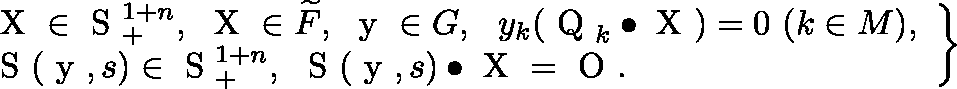
\begin{array} { r } { \left. \begin{array} { l } { \mathrm { \boldmath ~ X ~ } \in \mathrm { ~ \mathbb { S } ~ } _ { + } ^ { 1 + n } , \ \mathrm { \boldmath ~ X ~ } \in \widetilde { F } , \ \mathrm { \boldmath ~ y ~ } \in G , \ \ y _ { k } ( \mathrm { \boldmath ~ Q ~ } _ { k } \bullet \mathrm { \boldmath ~ X ~ } ) = 0 \ ( k \in M ) , } \\ { \mathrm { \boldmath ~ S ~ } ( \mathrm { \boldmath ~ y ~ } , s ) \in \mathrm { ~ \mathbb { S } ~ } _ { + } ^ { 1 + n } , \ \mathrm { \boldmath ~ S ~ } ( \mathrm { \boldmath ~ y ~ } , s ) \bullet \mathrm { \boldmath ~ X ~ } = \mathrm { \boldmath ~ O ~ } . } \end{array} \right\} } \end{array}